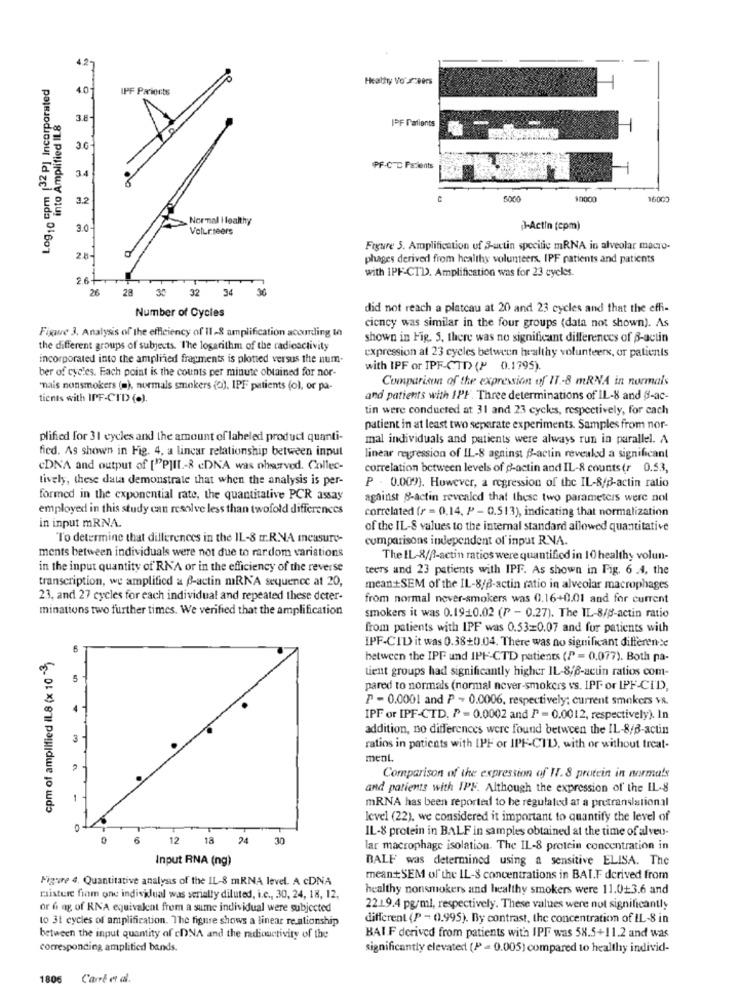
Log10 cpm [32 P] Incorporated
Heattry Vo' reers
40
IPF Parionts
into Amplified IL8
3.8
Do
IPF Patients
3.6
PF-CTC Perients
34
3.2
10000
16000
Normal Healthy
3.0
Volunteers
J-Actin (epm)
Figure 3. Amplification of S-actin specific mRNA in alveolar macro-
phages derived from healthy volunteers, IPF patients and patients
with IPF-CTD. Amplification was for 23 cycles.
26+
26 28 30 32 34 3
did not reach a platcau at 20 and 23 cycles and that the effi-
Number of Cycles
ciency was similar in the four groups (data not shown). As
Figure 3. Analysis of the efficiency of 11-8 amplification according to
shown in Fig. 5. there was no significant differences of S-actin
the different groups of subjects. The logarithm of the radioactivity
expression at 23 cycles between healthy volunteers, or patients
incorporated into the amplined fragments is plotted versus the num-
ber of cycles. Each point is the counts per minute obtained for nor-
with IPF or IPF-CTD (P 0.1795).
Comparison of the expression of IT -8 mRNA in normals
"mais nonsmokers (=), normals smokers (o). IPF patients (ol, or pa-
tients with IPF-CTD (.).
and patients with IPF. Three determinations of IL-8 and §-ac-
tin were conducted at 31 and 23 cycles, respectively, for cach
patient in at least two separate experiments. Samples from nor-
plified for 31 cycles and the amount of labeled product quanti-
mal individuals and patients were always run in parallel. A
fied. As shown in Fig. 4, a linear relationship between input
linear regression of IL-8 against B-actin revealed a significant
CDN'A and output of ["PJIL .- & cDNA was nhourved. Collec-
correlation between levels of p-actin and IL-8 counts (r 0.53,
tively, these data demonstrate that when the analysis is per-
P . 0.009). However, a regression of the IL-8/d-actin ratio
formed in the exponential rate, the quantitative PCR assay
against 8-actin revealed that these two parameters were nol
employed in this study can resolve less than twofold differences
correlated (r = 0,14, P - 0.513), indicating that normalization
in input mRN.A.
of the IL-8 values to the internal standard allowed quantitative
To determine that differences in the IL-8 m.R.N.A measure-
comparisons independent of input RNA.
ments between individuals were not due to rardom variations
The IL-8/8-actin ratios were quantified in 10 healthy volun-
in the input quantity of'RNA or in the efficiency of the reverse
teers and 23 patients with IPF. As shown in Fig. 6 .4, the
transcription, we amplified a f-actin miRNA sequence at 20,
meantSEM of the IL-8/3-actin ratio in alveolar macrophages
23, and 27 cycles for each individual and repeated these deter-
from normal never-smokers was 0.16+0.01 and for current
minations two further times. We verified that the amplification
smokers it was 0.1910.02 (P - 0.27). The IL-8/8-actin ratio
from patients with IPF was 0.53=0.07 and for patients with
IPF-CID it was 0.38+0.04. There was no significant difference
cpm of amplified IL8 (x 10 -3)
between the IPF und IPH-CTD patients (P = 0.077). Both pa-
tient groups had significantly higher IL-8/8-acun ratios com-
5
pared to normals (normal never-smokers vs. IPF or IPF-CID,
P - 0.0001 and P - 0.0006, respectively; current smokers vR.
IPF or [PF-CTD. P = 0.0002 and P = 0.0012, respectively). In
addition, no differences were found between the IL-8/3-actin
ratios in patients with IPF or IPF-CTD), with or without treat-
ment.
Comparison of the expression of IT.8 protein in normals
and patients with IPF. Although the expression of the IL-8
mRNA has been reported to be regulated at a pretranslational
level (22), we considered it important to quantify the level of
0
IL-8 protein in BALF in samples obtained at the time of alveo-
6
2 18 24
30
lar macrophage isolation. The IL-8 protein concentration in
Input RNA (ng)
BALF was determined using a sensitive ELISA. The
Figure 4. Quantitative analysis of the IL-8 mRNA level. A cDNA
meant SEM of the IL-S concentrations in BAI.F derived from
healthy nonsmokers and healthy smokers were 11.0+3.6 and
misture from one indisklual was serially diluted, i.c ., 30, 24, 18, 12.
or 6 ag of RNA equivalent from a sume individual were subjected
2219.4 pg/ml, respectively. These values were not significantly
to 3t cycles of amplification. The figure shows a linear re ationship
different (P = 0.995). By contrast, the concentration of IL-8 in
between the input quantity of cDNA and the radioactivity of the
BAIF derived from patients with IPF was 58.5+11.2 and was
corresponding amplitied bands.
significantly elevated (1ª = 0.005) compared to healthy individ-
1806
Carré et al.